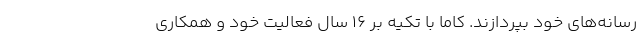
رسانه‌های خود بپردازند. کاما با تکیه بر 16 سال فعالیت خود و همکاری